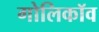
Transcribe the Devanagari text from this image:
गोलिकॉव